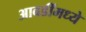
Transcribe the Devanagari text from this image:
आवडींमध्ये